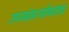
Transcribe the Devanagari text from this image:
उपखंडासोबतच